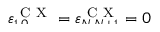
\smash { \varepsilon _ { 1 , 0 } ^ { \mathrm { ~ C ~ X ~ } } = \varepsilon _ { N , N + 1 } ^ { \mathrm { ~ C ~ X ~ } } = 0 }